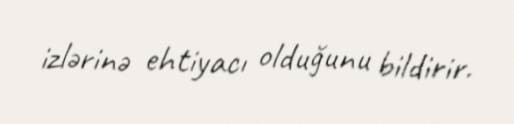
izlərinə ehtiyacı olduğunu bildirir.